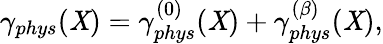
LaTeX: \gamma_{phys}(\mathit{X})=\gamma_{phys}^{(0)}(\mathit{X})+\gamma_{phys}^{(\beta)}(\mathit{X}),